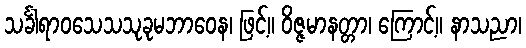
သင်္ခါရာဝသေသသုခုမဘာဝေန၊ ဖြင့်။ ဝိဇ္ဇမာနတ္တာ၊ ကြောင့်။ နာသညာ၊